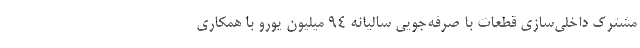
مشترك داخلي‌سازي قطعات با صرفه‌جويي ساليانه 94 ميليون يورو با همكاري